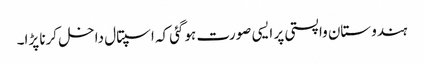
ہندوستان واپستی پر ایسی صورت ہوگئی کہ اسپتال داخل کرنا پڑا۔